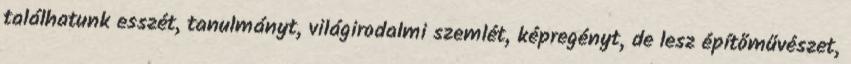
találhatunk esszét, tanulmányt, világirodalmi szemlét, képregényt, de lesz építőművészet,